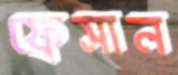
ফ্রেসান